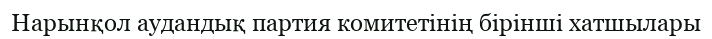
Нарынқол аудандық партия комитетінің бірінші хатшылары